Leningradi_Edasi_toimetus, lk 83
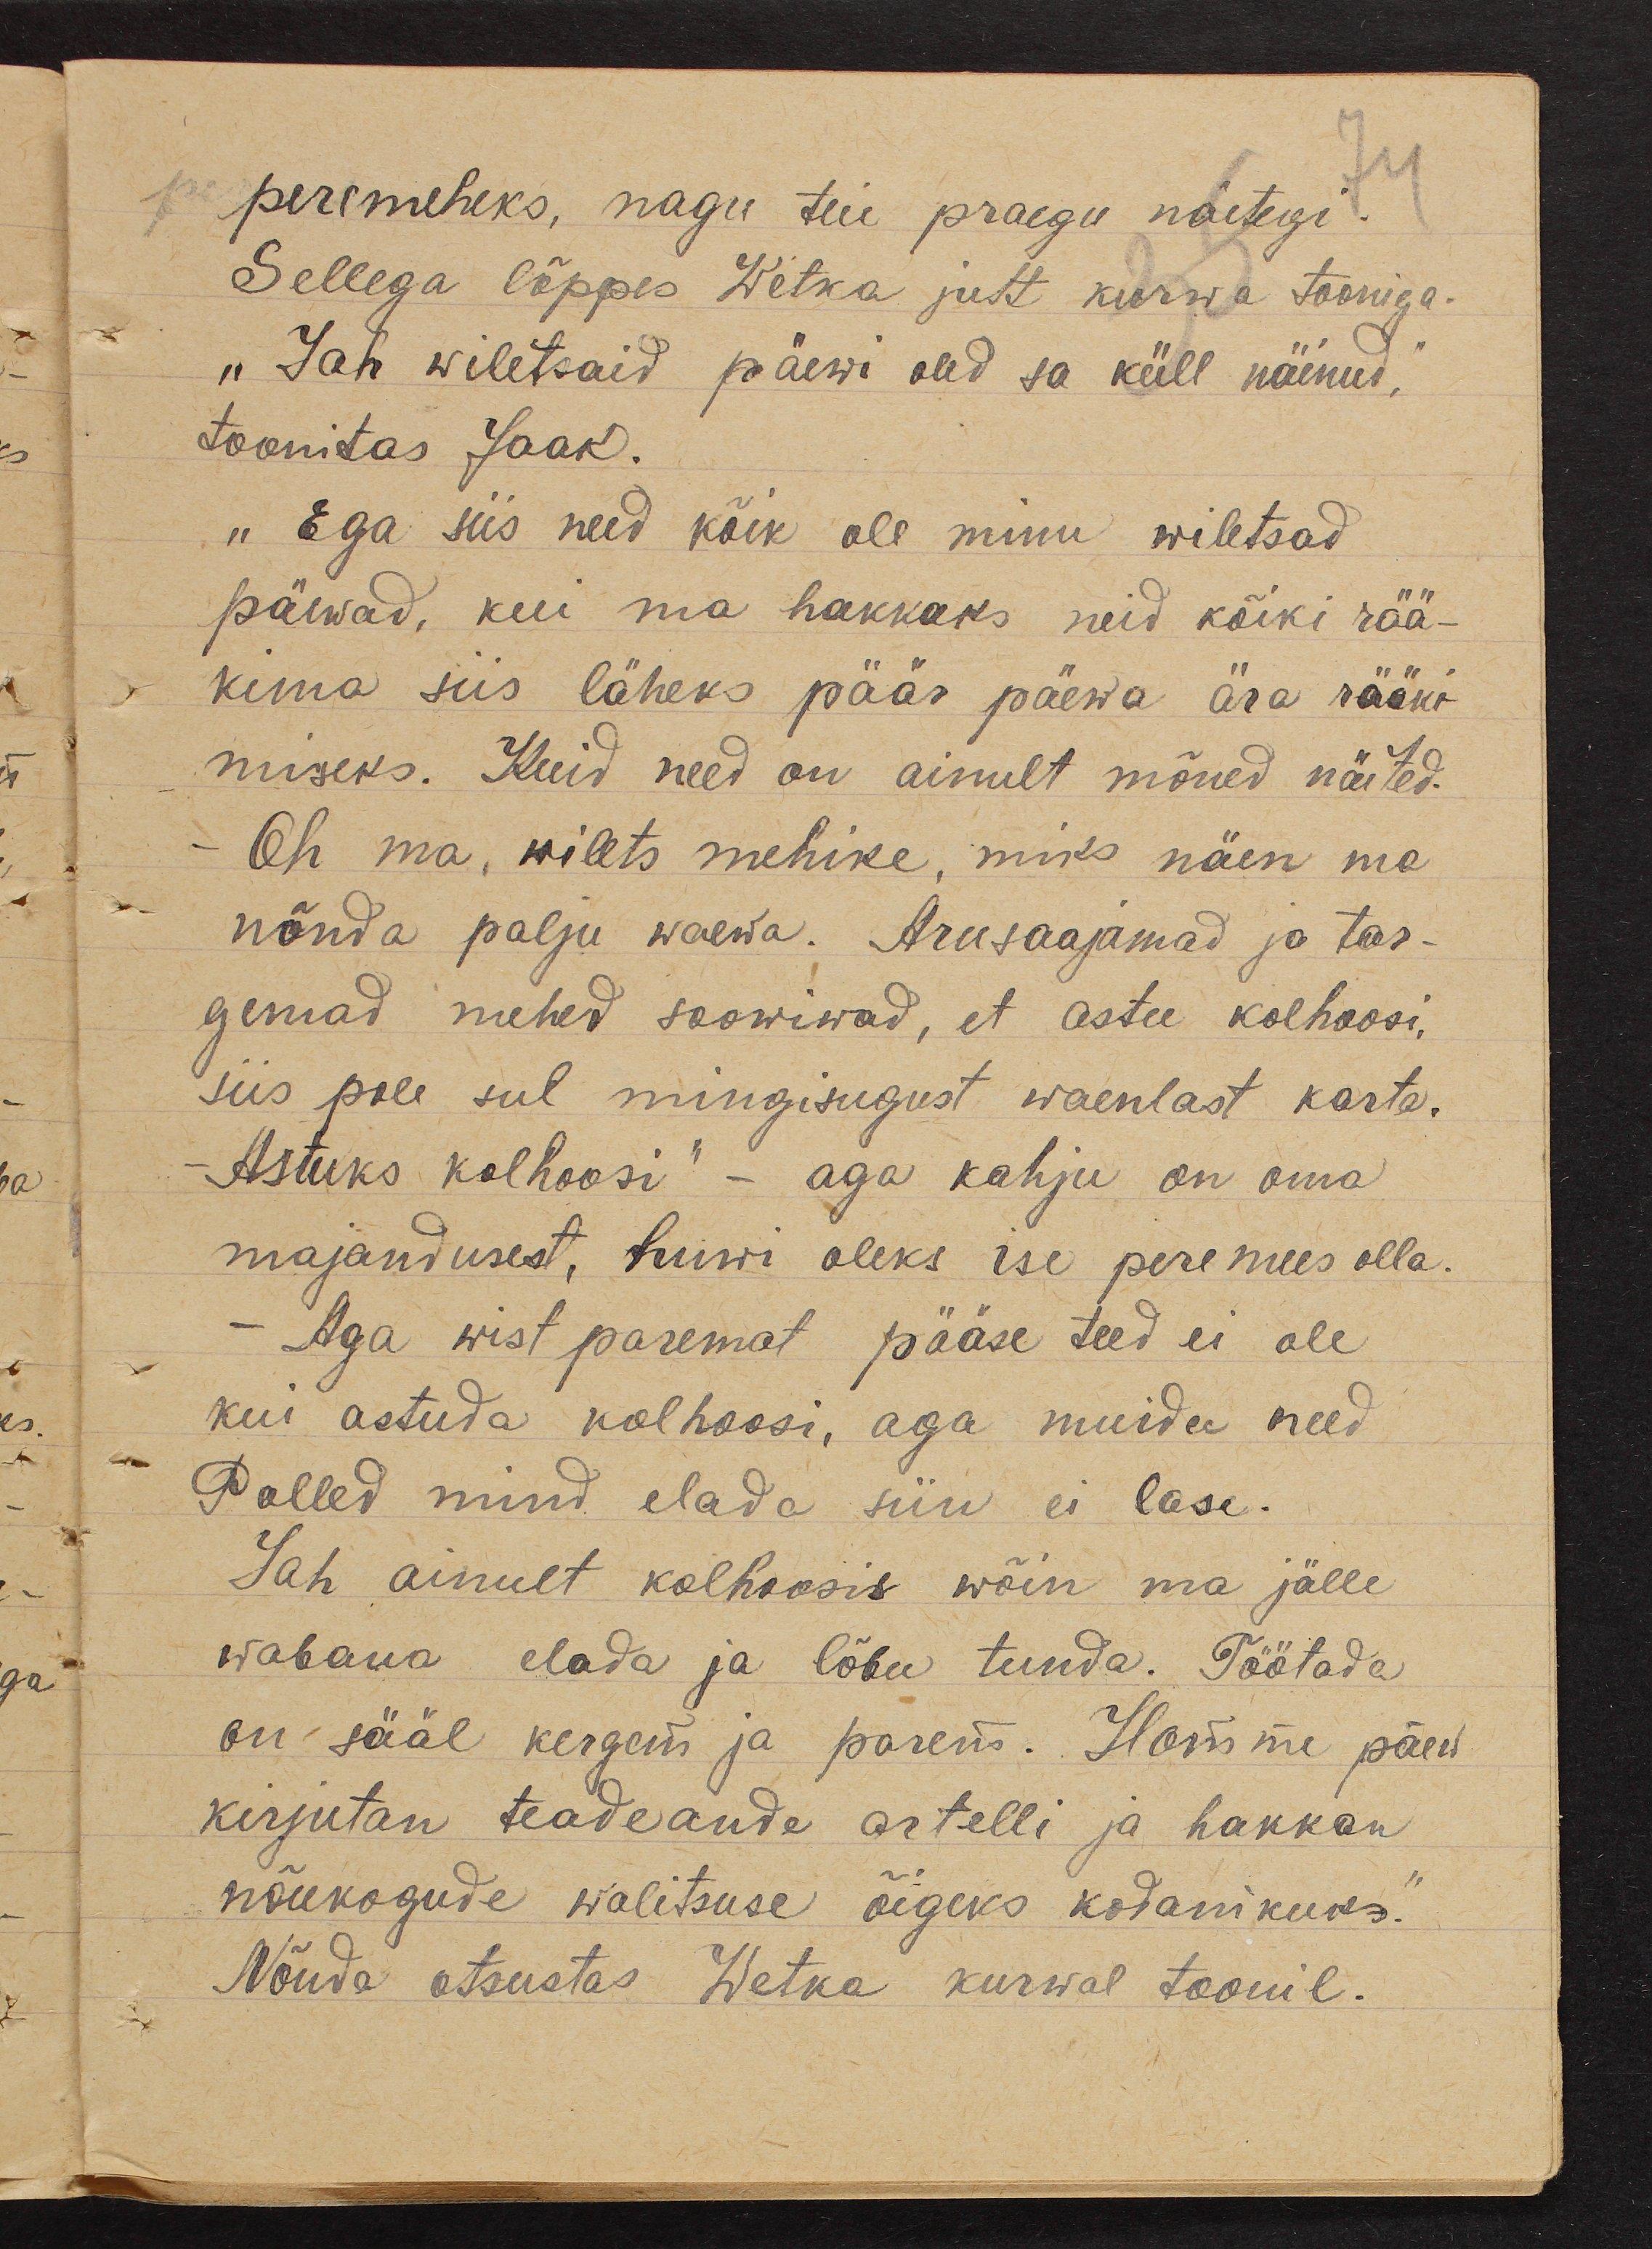
peremeheks, nagu teie praegu näetegi.
Sellega lõppes Wetka jutt kurwa tooniga.
"Jah wiletsaid päewi oled sa küll näinud,"
toonitas Jaak.
"Ega siis need kõik ole minu wiletsad
päewad, kui ma hakkaks neid kõiki rää-
kima siis läheks päär päewa ära rääki-
miseks. Kuid need on ainult mõned näited.
Oh ma, wilets mehike, miks näen ma
nõnda palju waewa. Arusaajamad ja tar-
gemad mehed soowiwad, et astu kolhoosi,
siis pole sul mingisugust waenlast karta.
- Astuks kolhoosi" - aga kahju on oma
majandusest, huwi oleks ise peremees olla.
- Aga wist paremat pääse teed ei ole
kui astuda kolhoosi, aga muidu need
Polled mind elada siin ei lase.
Jah ainult kolhoosis wõin ma jälle
wabana elada ja lõbu tunda. Töötada
on sääl kergem ja parem. Homme päew
kirjutan teadeande artelli ja hakkan
nõukogude walitsuse õigeks kodanikuks."
Nõnda otsustas Wetka kurwal toonil.